Report of the Indian Hemp Drugs Commission, 1894-1895 - Volume I
Year: 1894
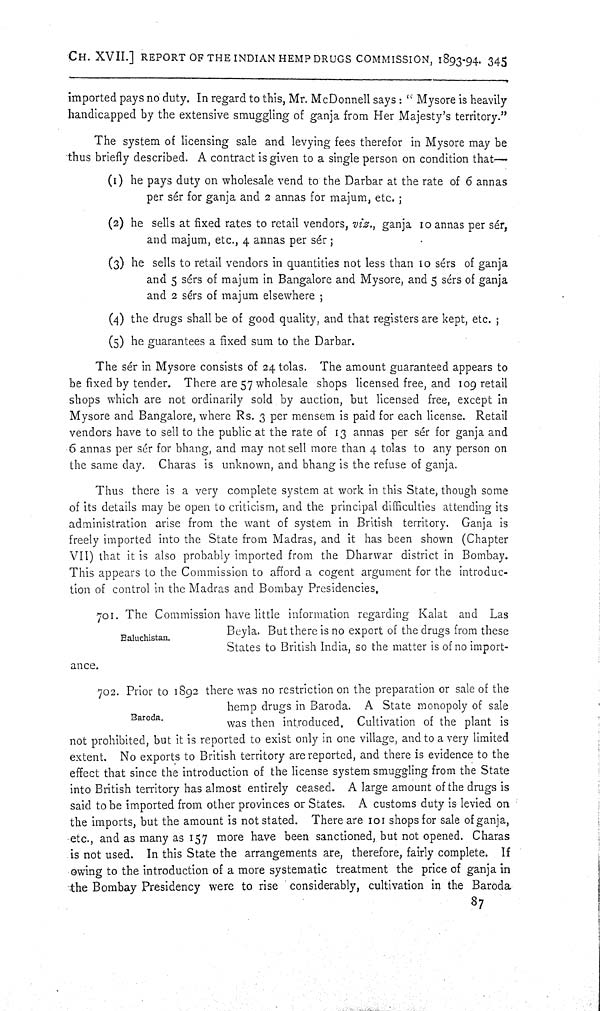
CH. XVII.] REPORT OF THE INDIAN HEMP DRUGS COMMISSION, 1893-94. 345
imported pays no duty. In regard to this, Mr. McDonnell says: "Mysore is heavily
handicapped by the extensive smuggling of ganja from Her Majesty's territory."
The system of licensing sale and levying fees therefor in Mysore may be
thus briefly described. A contract is given to a single person on condition that—
(1) he pays duty on wholesale vend to the Darbar at the rate of 6 annas
per sér for ganja and 2 annas for majum, etc.;
(2) he sells at fixed rates to retail vendors, viz., ganja 10 annas per sér,
and majum, etc., 4 annas per sér;
(3) he sells to retail vendors in quantities not less than 10 sérs of ganja
and 5 sérs of majum in Bangalore and Mysore, and 5 sérs of ganja
and 2 sérs of majum elsewhere;
(4) the drugs shall be of good quality, and that registers are kept, etc.;
(5) he guarantees a fixed sum to the Darbar.
The sér in Mysore consists of 24 tolas. The amount guaranteed appears to
be fixed by tender. There are 57 wholesale shops licensed free, and 109 retail
shops which are not ordinarily sold by auction, but licensed free, except in
Mysore and Bangalore, where Rs. 3 per mensem is paid for each license. Retail
vendors have to sell to the public at the rate of 13 annas per sér for ganja and
6 annas per sér for bhang, and may not sell more than 4 tolas to any person on
the same day. Charas is unknown, and bhang is the refuse of ganja.
Thus there is a very complete system at work in this State, though some
of its details may be open to criticism, and the principal difficulties attending its
administration arise from the want of system in British territory. Ganja is
freely imported into the State from Madras, and it has been shown (Chapter
VII) that it is also probably imported from the Dharwar district in Bombay.
This appears to the Commission to afford a cogent argument for the introduc-
tion of control in the Madras and Bombay Presidencies.
Baluchistan.
701. The Commission have little information regarding Kalat and Las
Beyla. But there is no export of the drugs from these
States to British India, so the matter is of no import-
ance.
Baroda.
702. Prior to 1892 there was no restriction on the preparation or sale of the
hemp drugs in Baroda. A State monopoly of sale
was then introduced. Cultivation of the plant is
not prohibited, but it is reported to exist only in one village, and to a very limited
extent. No exports to British territory are reported, and there is evidence to the
effect that since the introduction of the license system smuggling from the State
into British territory has almost entirely ceased. A large amount of the drugs is
said to be imported from other provinces or States. A customs duty is levied on
the imports, but the amount is not stated. There are 101 shops for sale of ganja,
etc., and as many as 157 more have been sanctioned, but not opened. Charas
is not used. In this State the arrangements are, therefore, fairly complete. If
owing to the introduction of a more systematic treatment the price of ganja in
the Bombay Presidency were to rise considerably, cultivation in the Baroda
87